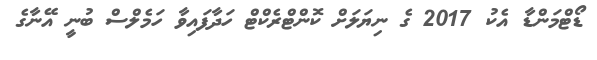
ޑޯޓްމަންޑާ އެކު 2017 ގެ ނިޔަލަށް ކޮންޓްރެކްޓް ހަދާފައިވާ ހަމެލްސް ބުނީ އޭނާގެ